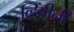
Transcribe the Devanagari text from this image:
व्हिंचीनी